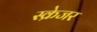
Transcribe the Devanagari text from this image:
स्क्रेजर